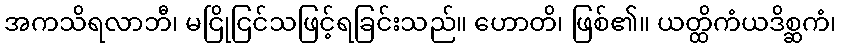
အကသိရလာဘီ၊ မငြိုငြင်သဖြင့်ရခြင်းသည်။ ဟောတိ၊ ဖြစ်၏။ ယတ္ထိကံယဒိစ္ဆကံ၊